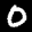
Label: 0